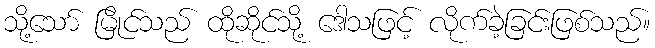
သို့သော် မြိုင်သည် ထိုဆိုင်သို့ ဒေါသဖြင့် လိုက်ခဲ့ခြင်းဖြစ်သည်။